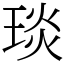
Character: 琰